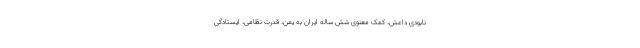
نابودی داعش، کمک معنوی شش ساله ایران به یمن، قدرت نظامی، ایستادگی